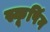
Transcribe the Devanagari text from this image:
स्कूपिंग